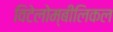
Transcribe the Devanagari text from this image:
विटेलोम्बीलिकल